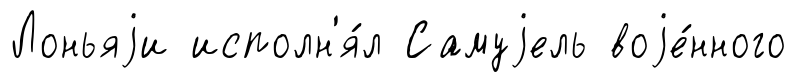
Лоньяjи исполн'я́л Самуjель воjе́нного